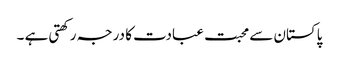
پاکستان سے محبت عبادت کا درجہ رکھتی ہے ۔